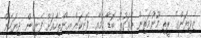
ޒެވިޔަންގެ ރީތި މޫނުމަތިން އެވަގުތު ބޮޑާ ކަމާއި ފޮނިކަން އިންތިހާއަށް ފެނިގެން ދިޔަހެން